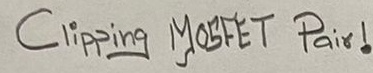
Text: Clipping MOSFET Pair!